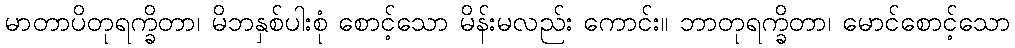
မာတာပိတုရက္ခိတာ၊ မိဘနှစ်ပါးစုံ စောင့်သော မိန်းမလည်း ကောင်း။ ဘာတုရက္ခိတာ၊ မောင်စောင့်သော